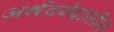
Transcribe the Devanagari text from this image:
अर्थववेदातील